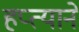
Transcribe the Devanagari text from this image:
हप्त्याने